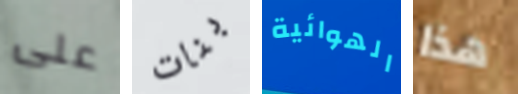
على بنات الهوائية هذا